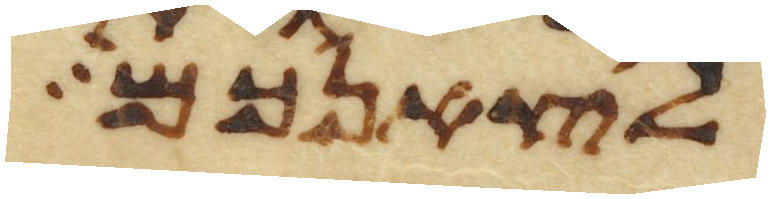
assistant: לצאנכם